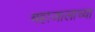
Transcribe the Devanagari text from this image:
महाजालाच्या